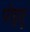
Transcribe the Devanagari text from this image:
पोइतू